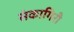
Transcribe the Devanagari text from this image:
संकागिरी